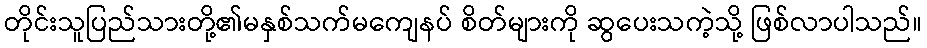
တိုင်းသူပြည်သားတို့၏မနှစ်သက်မကျေနပ် စိတ်များကို ဆွပေးသကဲ့သို့ ဖြစ်လာပါသည်။